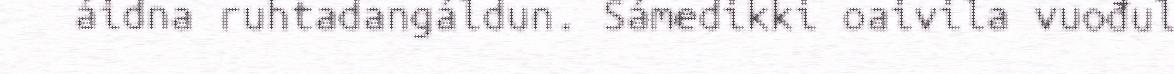
áidna ruhtadangáldun. Sámedikki oaivila vuođul